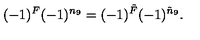
( - 1 ) ^ { F } ( - 1 ) ^ { n _ { 9 } } = ( - 1 ) ^ { \tilde { F } } ( - 1 ) ^ { \tilde { n } _ { 9 } } .